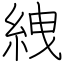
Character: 絏